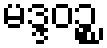
မဒ္ဒဝဉ္စ